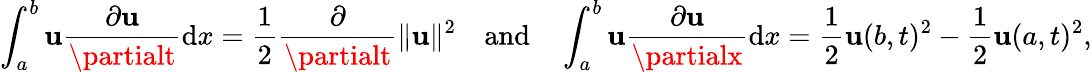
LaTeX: \int_{a}^{b}\mathbf{u}{\frac{{\partial\mathbf{u}}}{{\partialt}}}\mathrm{{d}}x={\frac{{1}}{{2}}}{\frac{{\partial}}{{\partialt}}}\| \mathbf{u}\| ^{2}\quad{\mathrm{{and}}}\quad\int_{a}^{b}\mathbf{u}{\frac{{\partial\mathbf{u}}}{{\partialx}}}\mathrm{{d}}x={\frac{{1}}{{2}}}\mathbf{u}(b,t)^{2}-{\frac{{1}}{{2}}}\mathbf{u}(a,t)^{2},